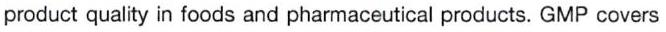
product quality in foods and pharmaceutical products. GMP covers